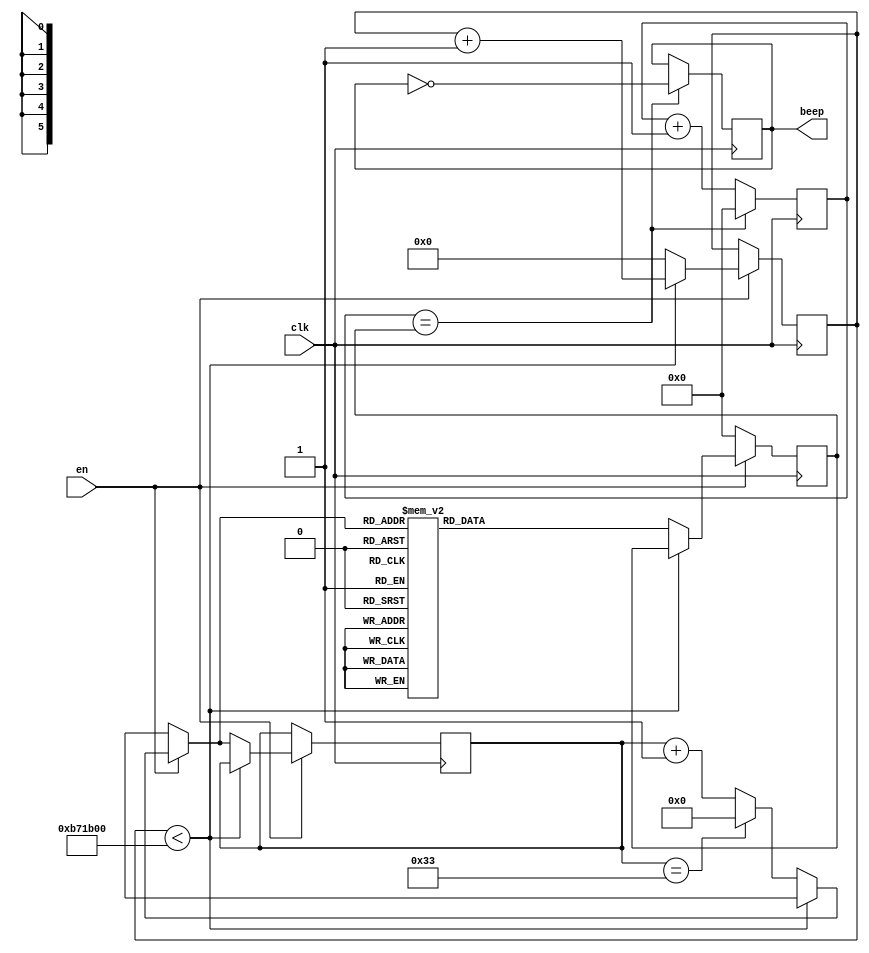
`timescale 1ns / 1ps
//////////////////////////////////////////////////////////////////////////////////
// Company: 
// Engineer: 
// 
// Design Name: 
// Module Name: key_music
// Project Name: 
// Target Devices: 
// Tool Versions: 
// Description: 
// 
// Dependencies: 
// 
// Revision:
// Revision 0.01 - File Created
// Additional Comments:
// 
//////////////////////////////////////////////////////////////////////////////////


module key_music(clk,en,beep );
    input	   clk;
    input      en;					//50MHz	
    output    beep;                    //
    reg        beep_r;                //
    reg[5:0] state;                //
    reg[16:0]count,count_end;
    reg[23:0]count1;
    //:D=F/2K  (D:,F:,K:)
    parameter     L_5 = 17'd63776,  //5
                    L_7 = 17'd50618,    //7
                    M_1 = 17'd47774,    //1
                    M_2 = 17'd42568,    //2
                    M_4=17'd35791,//4
                    M_3 = 17'd37919,    //3
                    M_5 = 17'd31888;   //5
 parameter    TIME = 12000000;    //(250ms)                                    
    assign beep = beep_r;            //
    always@(posedge clk) begin
        count <= count + 1'b1;        //1
        if(count == count_end) begin    
            count <= 17'h0;            //
            beep_r <= !beep_r;        //
        end
    end
    always @(posedge clk) begin
    if(en)
    begin
       if(count1 < TIME)             //250mS
          count1 = count1 + 1'b1;
       else begin
          count1 = 24'd0;
          if(state == 8'd51)
             state = 8'd0;
          else
             state = state + 1'b1;
       case(state)
       8'd0:count_end = M_1;  
        8'd1,8'd2:count_end=M_1;
        8'd3,8'd4:count_end=M_1;
        8'd5,8'd6:count_end=L_5;
        8'd7:count_end=M_3;
        8'd8:count_end=M_3;
        8'd9,8'd10:count_end=M_3;
       
        8'd11,8'd12:count_end=M_1;
        8'd13:count_end=M_1;
        8'd14:count_end=M_1;
        8'd15:count_end=M_3;
        8'd16,8'd17:count_end=M_5;
        8'd18,8'd19:count_end=M_5;
        
        8'd20:count_end=M_4;
        8'd21:count_end=M_3;
        8'd22,8'd23,8'd24,8'd25:count_end=M_2;
        8'd26:count_end=M_2;
        8'd27:count_end=M_3;
        8'd28,8'd29:count_end=M_4;
        
        8'd30,8'd31:count_end=M_4;
        
        8'd32:count_end = M_3;  
        8'd33:count_end=M_2;
        8'd34,8'd35:count_end=M_3;
        8'd36,8'd37:count_end=M_1;
        8'd38:count_end=M_1;
        8'd39:count_end=M_3;
       
        8'd40,8'd41:count_end=M_2;
        8'd42,8'd43:count_end=L_5;
        8'd44:count_end=L_7;
        8'd45:count_end=M_2;
        8'd46,8'd47,8'd48,8'd49,8'd50,8'd51:count_end=M_1;
       
       default: count_end = 16'h0;
       endcase
       end
    end
    else
    count_end = 16'h0;
    end
   

endmodule